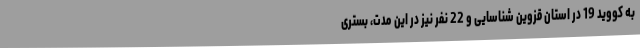
به کووید 19 در استان قزوین شناسایی و 22 نفر نیز در این مدت، بستری